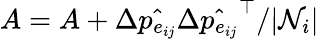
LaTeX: A=A+\Delta\hat{p_{e_{ij}}}\Delta\hat{p_{e_{ij}}}^{\top}/|\mathcal{N}_{i}|